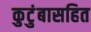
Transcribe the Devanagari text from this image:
कुटुंबासहित